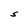
Character: S